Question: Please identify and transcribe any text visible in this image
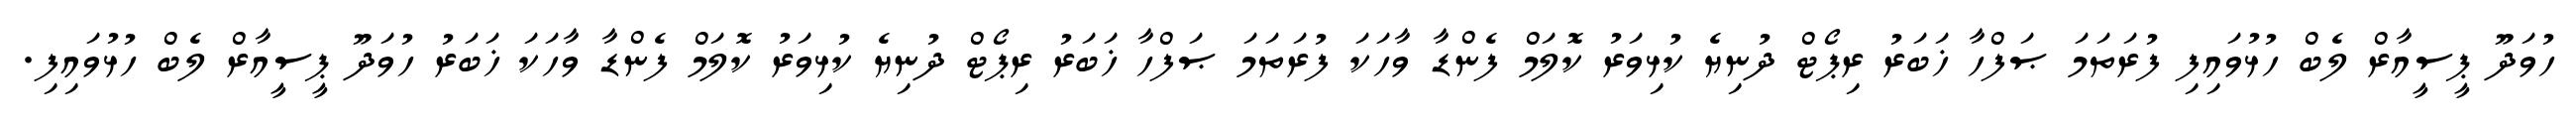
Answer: ހުވަދޫ ޕީސީއާރް ލެބް ހުޅުވައިފި ފުރަތަމަ ޞަފްހާ ޚަބަރު ރިޕޯޓް ދުނިޔެ ކުޅިވަރު ކޮލަމް ފެންޑާ ވާހަކަ ފުރަތަމަ ޞަފްހާ ޚަބަރު ރިޕޯޓް ދުނިޔެ ކުޅިވަރު ކޮލަމް ފެންޑާ ވާހަކަ ޚަބަރު ހުވަދޫ ޕީސީއާރް ލެބް ހުޅުވައިފި.